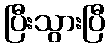
ပြီးသွားပြီ